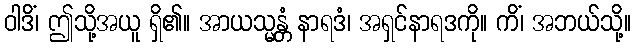
ဝါဒိံ၊ ဤသို့အယူ ရှိ၏။ အာယသ္မန္တံ နာရဒံ၊ အရှင်နာရဒကို။ ကိံ၊ အဘယ်သို့။